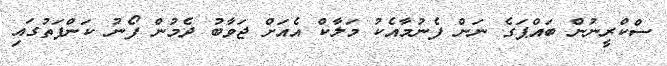
ސްކްރީނުން ބައްޕަގެ ނަން ފެނުމާއެކު މަލާކް އެއަށް ޖަވާބު ދެމުން ފޯނު ކަންފަތުގައި